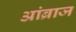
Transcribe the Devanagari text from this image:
आंब्राज